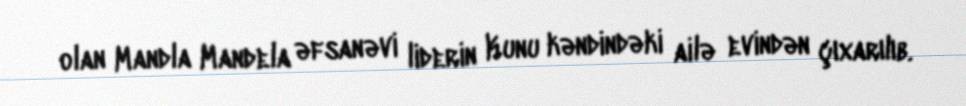
olan Mandla Mandela əfsanəvi liderin Kunu kəndindəki ailə evindən çıxarılıb.